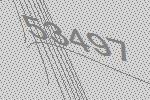
53497